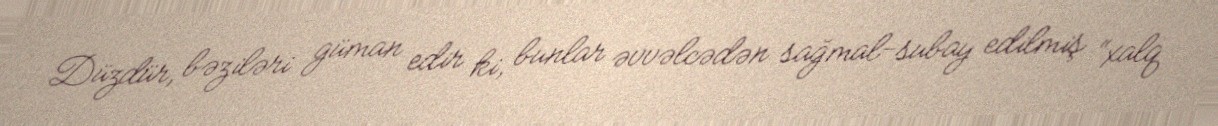
Düzdür, bəziləri güman edir ki, bunlar əvvəlcədən sağmal-subay edilmiş “xalq